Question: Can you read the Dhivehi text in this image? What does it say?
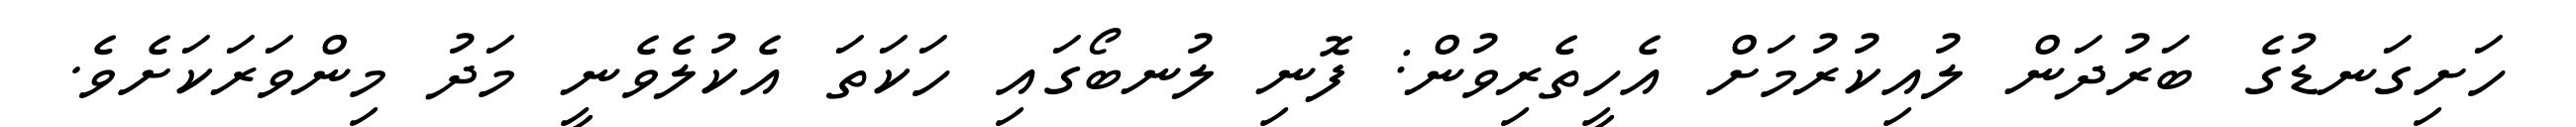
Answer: ހަށިގަނޑުގެ ބަރުދަން ލުއިކުރުމަށް އެހީތެރިވުން: ފޮނި ލުނބޯގައި ހަކަތަ އެކުލެވެނީ މަދު މިންވަރަކަށެވެ.